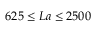
6 2 5 \leq L a \leq 2 5 0 0